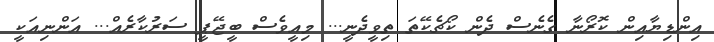
އިންޑިޔާއިން ކޮރޯނާ ގެނެސް ދެން ކޯޗެކޭތަ ތިވީދެނީ... މިއީވެސް ބީޖޭޕީ ސަރުކާރެއް... އަންނިއަކީ